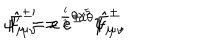
\psi _ { \mu } ^ { \prime } = e ^ { \frac { i } { 2 } \theta \gamma ^ { 5 } } \psi _ { \mu } \, , \hspace { 1 c m } \hat { F } _ { \mu \nu } ^ { \pm \prime } = e ^ { \pm i \theta } \hat { F } _ { \mu \nu } ^ { \pm } \ \,